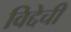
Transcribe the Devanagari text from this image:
विद्देची